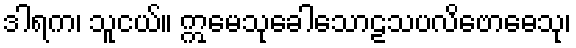
ဒါရက၊ သူငယ်။ ဣမေသုခေါသောဠသပလိဗောဓေသု၊